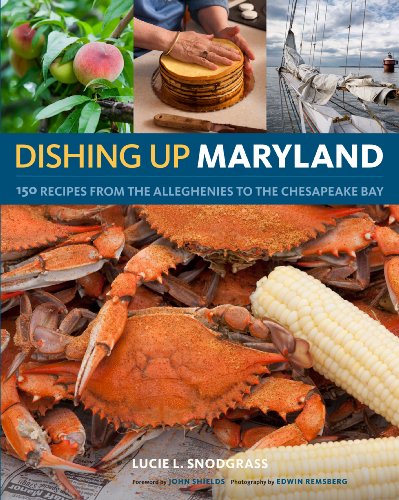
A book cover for Dishing UpÂ® Maryland: 150 Recipes from the Alleghenies to the Chesapeake Bay; Lucie Snodgrass; Cookbooks, Food & Wine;